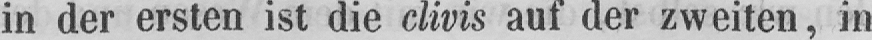
in der ersten ist die clivis auf der zweiten, in